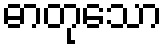
ဓာတုသော